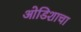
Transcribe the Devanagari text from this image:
ओडिशाचा